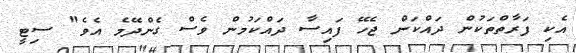
އެކި ފަރާތްތަކުން ދައްކަން ޖެހޭ ފައިސާ ދައްކަމުން ވެސް ގެންދޭމެ އެވެ" ސިޓީ